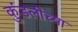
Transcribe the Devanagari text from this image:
कुंडलीच्या